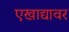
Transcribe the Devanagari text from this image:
एखाद्यावर